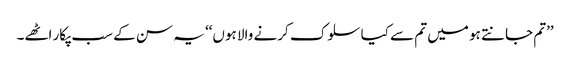
’’تم جانتے ہو میں تم سے کیا سلوک کرنے والا ہوں‘‘ یہ سن کے سب پکار اٹھے۔